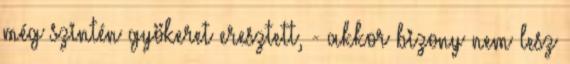
még szintén gyökeret eresztett, - akkor bizony nem lesz